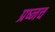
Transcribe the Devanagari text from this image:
प्रष्नच